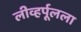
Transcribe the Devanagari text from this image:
लीव्हर्पूलला